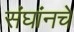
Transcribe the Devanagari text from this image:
संघांनचे